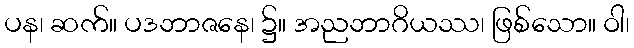
ပန၊ ဆက်။ ပဒဘာဇနေ၊ ၌။ အညဘာဂိယဿ၊ ဖြစ်သော။ ဝါ၊